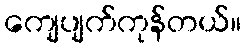
ကျေပျက်ကုန်တယ်။